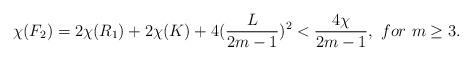
LaTeX: \begin{align*}\chi(F_2)=2\chi(R_1)+2\chi(K)+4(\frac {L}{2m-1})^2<\frac {4\chi}{2m-1},~for~m\geq3.\end{align*}